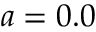
a = 0 . 0